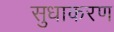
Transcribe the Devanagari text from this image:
सुधाकरण